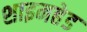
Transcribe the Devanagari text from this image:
शाइनहेड